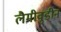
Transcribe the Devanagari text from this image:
लैमीवुडीन